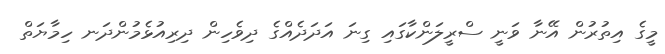
މީގެ އިތުރުން އޭނާ ވަނީ ސްރީލަންކާގައި ގިނަ އަދަދެއްގެ ދިވެހިން ދިރިއުޅެމުންދަނ ހިމާޔަތް